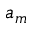
a _ { m }